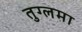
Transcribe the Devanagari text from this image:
तुग्लमा